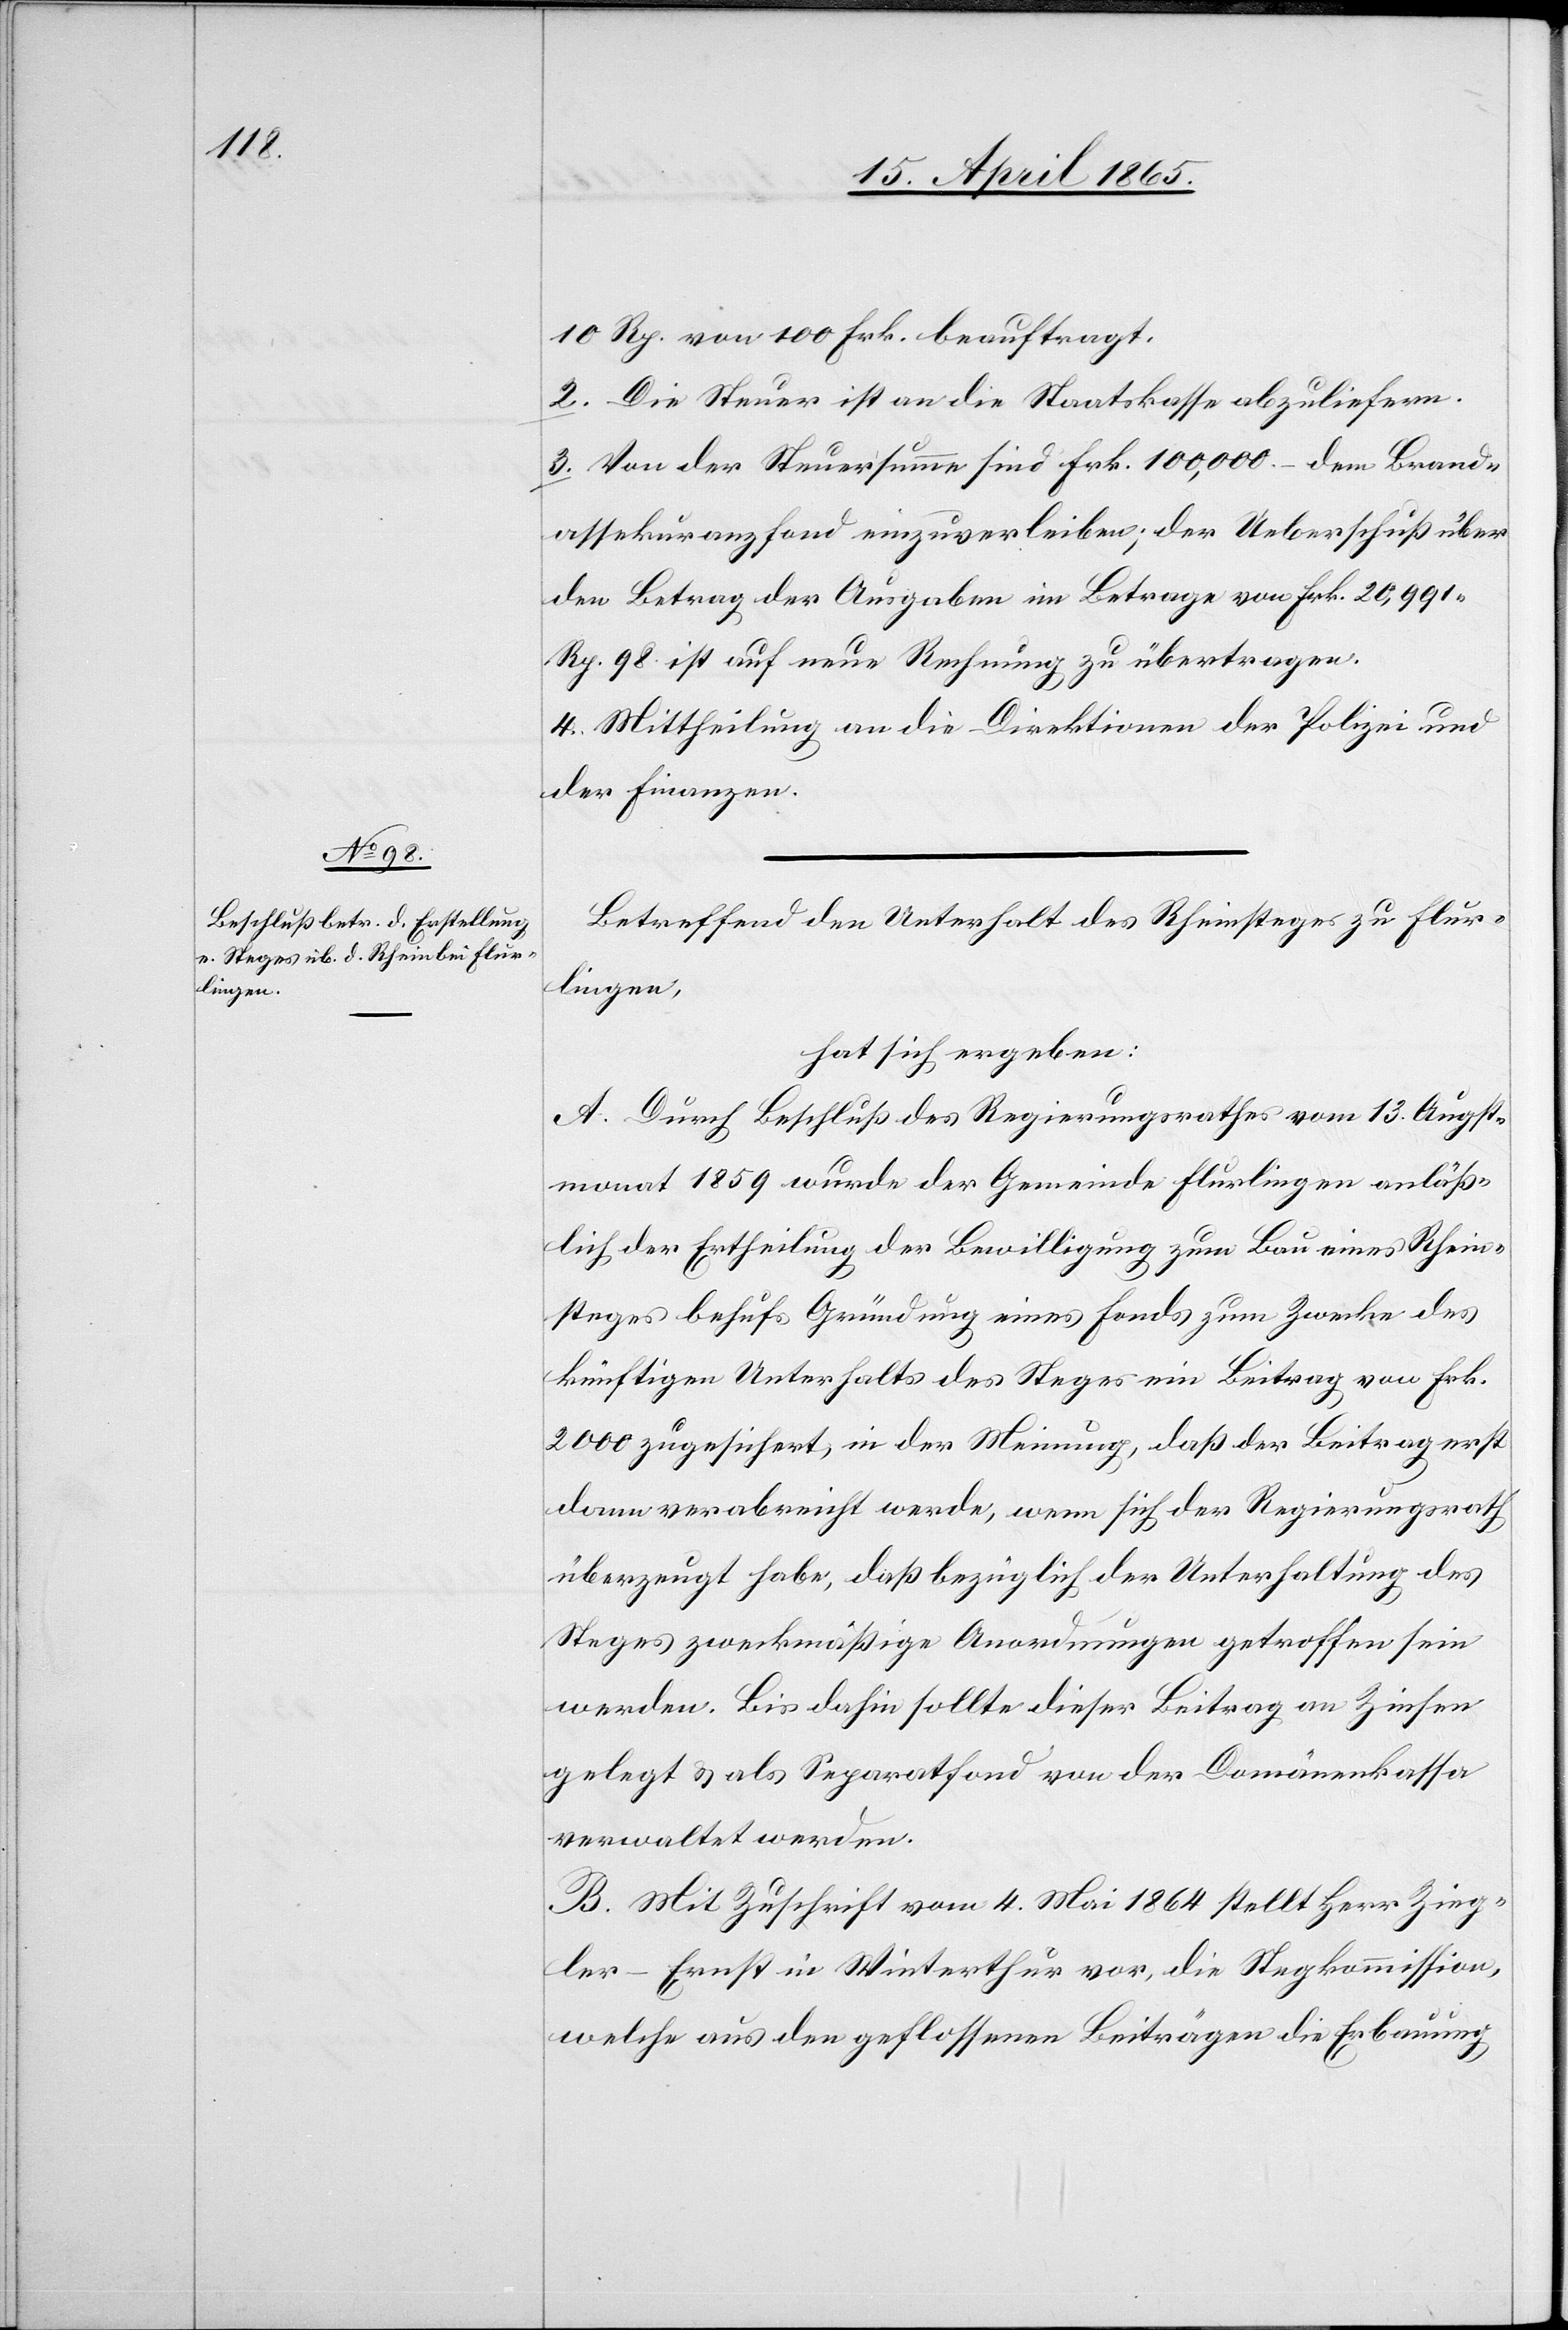
10 Rp. von 100 Frk. beauftragt.
2. Die Steuer ist an die Staatskasse abzuliefern.
3. Von der Steuersumme sind Frk. 100,000. dem Brand¬
assekuranzfond einzuverleiben; der Ueberschuß über
den Betrag der Ausgaben im Betrage von Frk. 10,991
Rp. 98 ist auf neue Rechnung zu übertragen.
4. Mittheilung an die Direktion der Polizei und
der Finanzen.
Betreffend den Unterhalt des Rheinsteges zu Flur¬
lingen,
hat sich ergeben:
A. Durch Beschluß des Regierungsrathes vom 13. Augst¬
monat 1859 wurde der Gemeinde Flurlingen anläß¬
lich der Ertheilung der Bewilligung zum Bau eines Rhein¬
steges behufs Gründung eines Fonds zum Zwecke des
künftigen Unterhalts des Steges ein Beitrag von Frk.
2000 zugesichert, in der Meinung, daß der Beitrag erst
dann verabreicht werde, wenn sich der Regierungsrath
überzeugt habe, daß bezüglich der Unterhaltung des
Steges zweckmäßige Anordnungen getroffen sein
werden. Bis dahin sollte dieser Beitrag an Zinsen
gelegt & als Separatfond von der Domänenkassa
verwaltet werden.
B. Mit Zuschrift vom 4. Mai 1864 stellt Herr Zieg¬
ler-Ernst in Winterthur vor, die Stegkommission,
welche aus den geflossenen Beiträgen die Erbauung